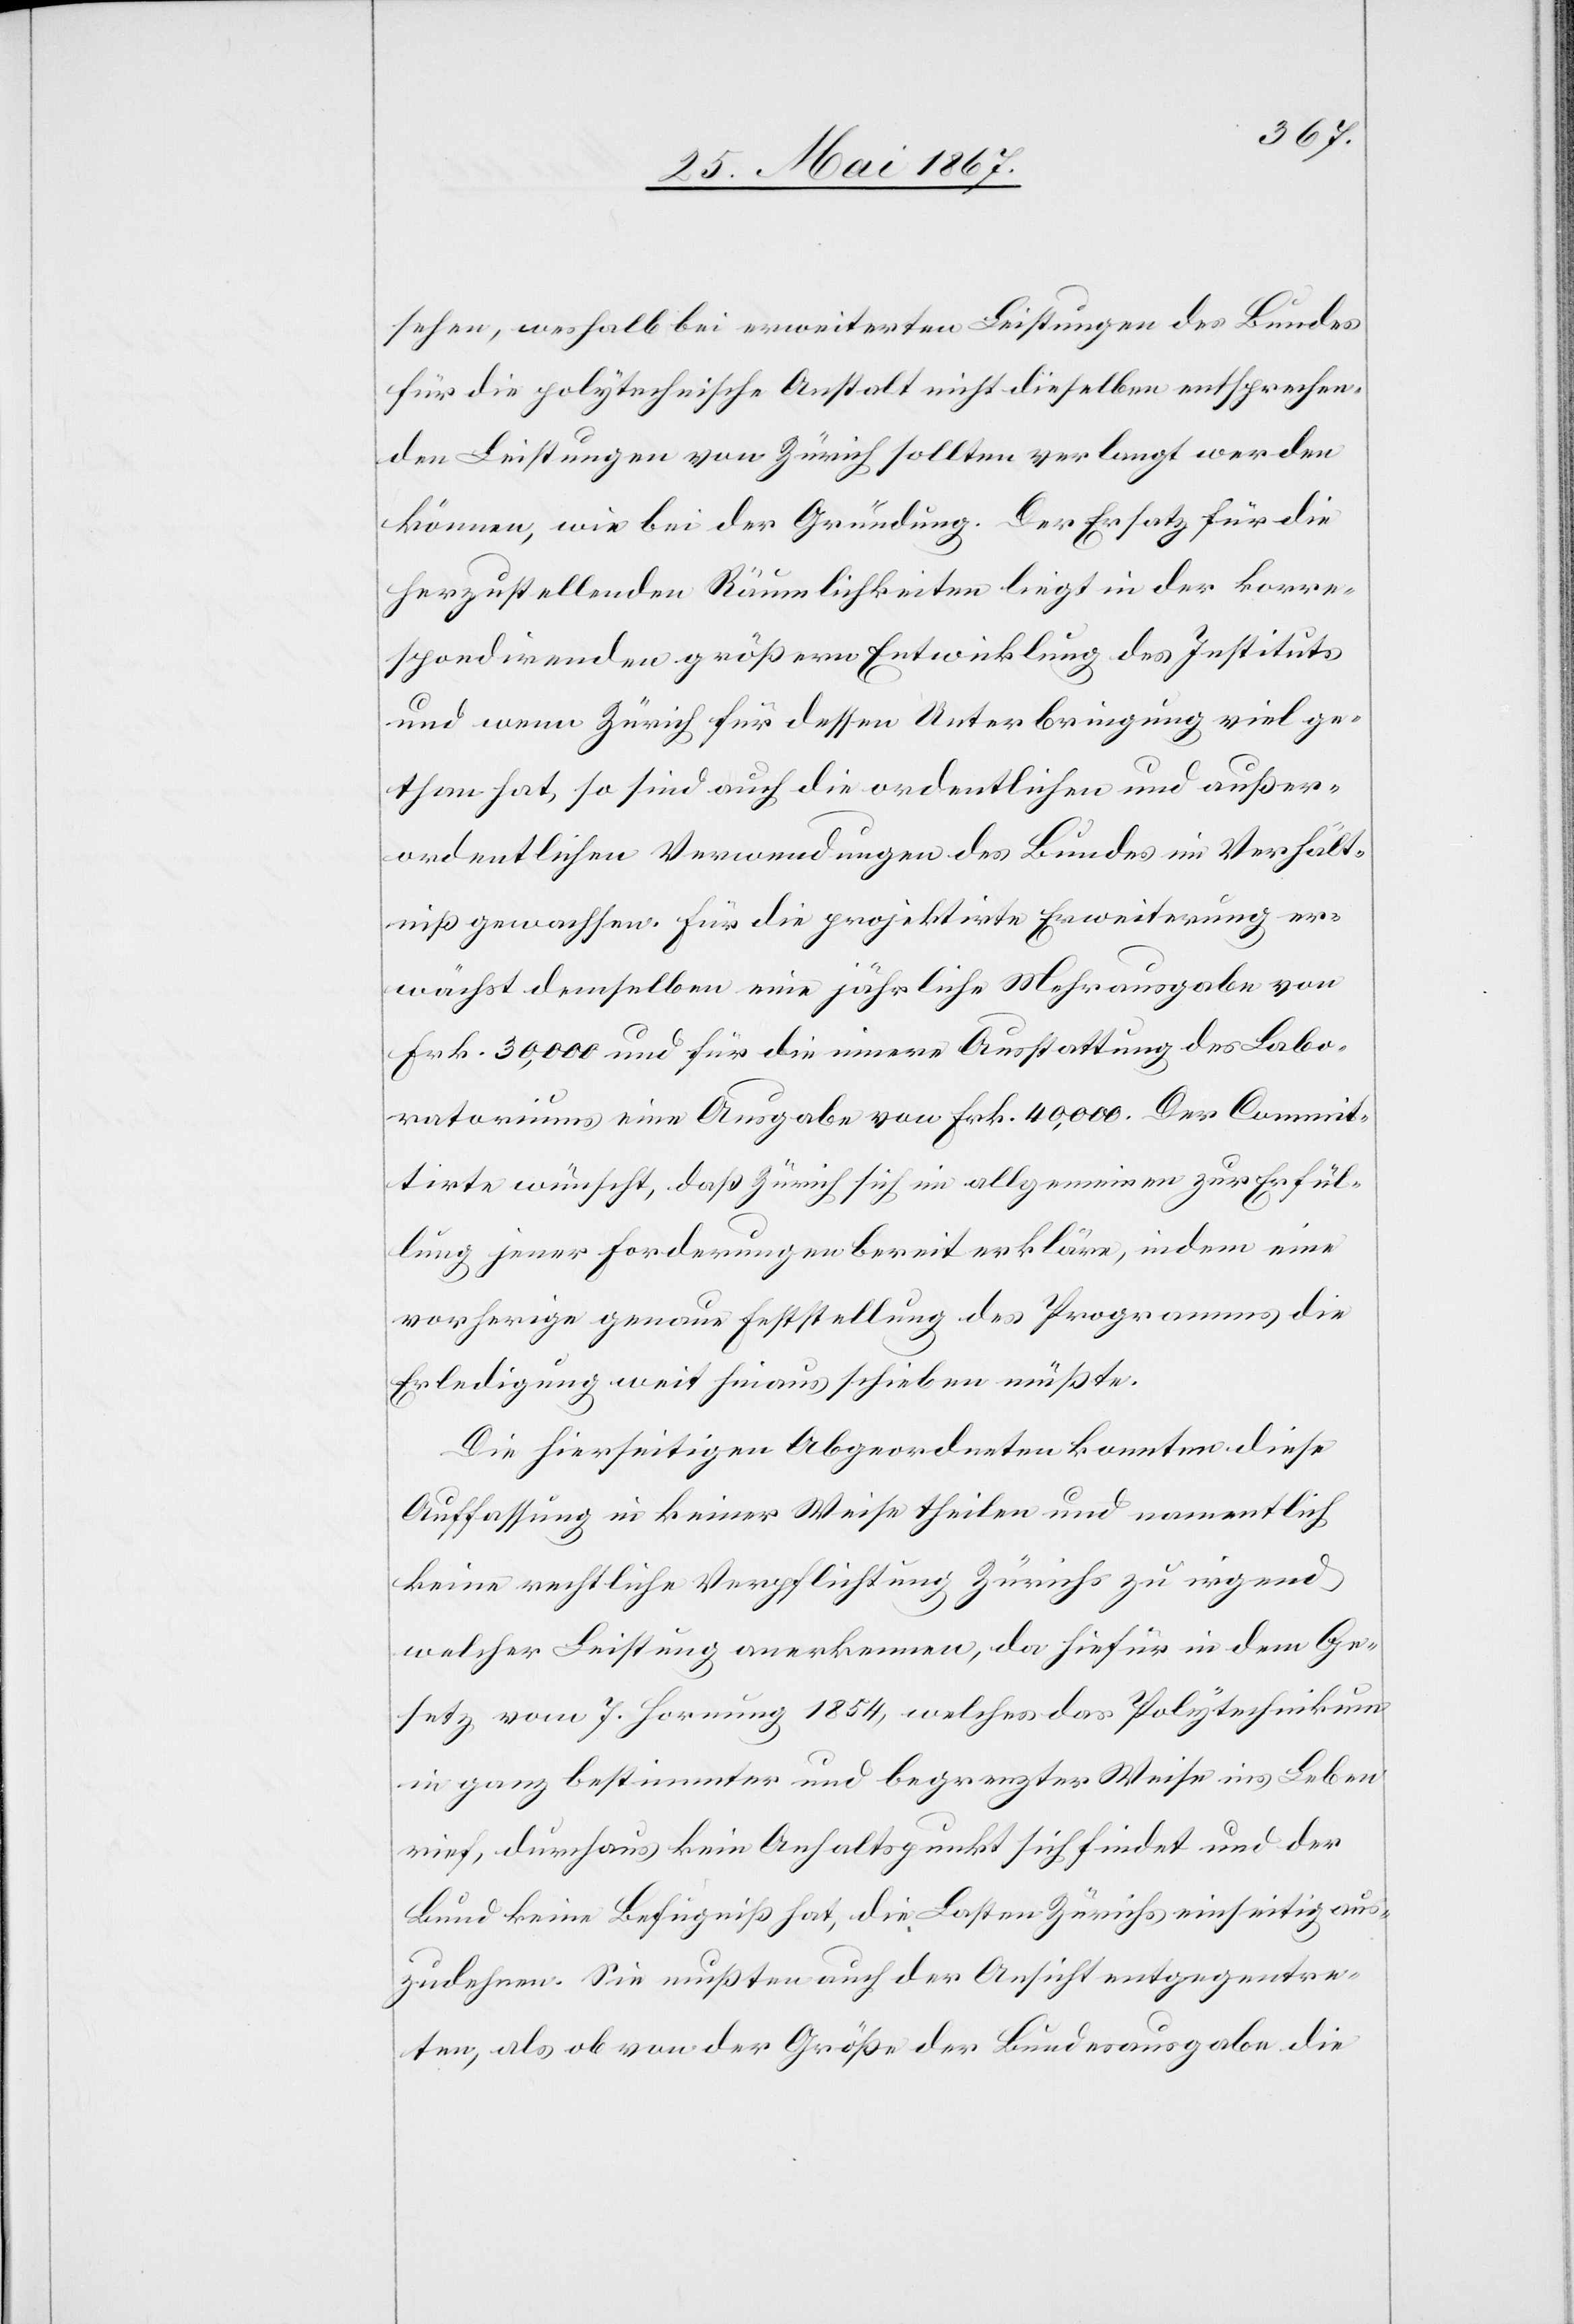
sehen, weshalb bei erweiterten Leistungen des Bundes
für die polytechnische Anstalt nicht dieselben entsprechen¬
den Leistungen von Zürich sollten verlangt werden
können, wie bei der Gründung. Der Ersatz für die
herzustellenden Räumlichkeiten liegt in der korre¬
spondirenden größern Entwicklung des Instituts
und wenn Zürich für dessen Unterbringung viel ge¬
than hat, so sind auch die ordentlichen und außer¬
ordentlichen Verwendungen des Bundes im Verhält¬
niß gewachsen. Für die projektirte Erweiterung er¬
wächst demselben eine jährliche Mehrausgabe von
Frk. 30,000 und für die innere Ausstattung des Labo¬
ratoriums eine Ausgabe von Frk. 40,000. Der Commit¬
tirte wünscht, daß Zürich sich im allgemeinen zur Erfül¬
lung jener Forderungen bereit erkläre, indem eine
vorherige genaue Feststellung des Programms die
Erledigung weit hinaus schieben müßte.
Die hierseitigen Abgeordneten konnten diese
Auffassung in keiner Weise theilen und namentlich
keine rechtliche Verpflichtung Zürichs zu irgend
welcher Leistung anerkennen, da hiefür in dem Ge¬
setz vom 7. Hornung 1854, welches das Polytechnikum
in ganz bestimmter und begrenzter Weise ins Leben
rief, durchaus kein Anhaltspunkt sich findet und der
Bund keine Befugniß hat, die Lasten Zürichs einseitig aus¬
zudehnen. Sie mußten auch der Ansicht entgegentre¬
ten, als ob von der Größe der Bundesausgabe die